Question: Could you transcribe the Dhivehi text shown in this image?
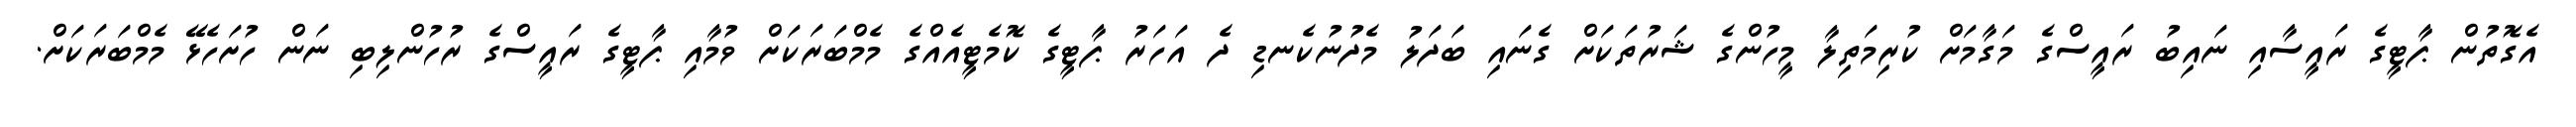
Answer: އެގޮތުން ޕާޓީގެ ރައީސާއި ނައިބު ރައީސްގެ މަގާމަށް ކުރިމަތިލާ މީހުންގެ ޝަރުތަކަށް ގެނައި ބަދަލު މެދުނުކެނޑި ދެ އަހަރު ޕާޓީގެ ކޮމެޓީއެއްގެ މެމްބަރަކަށް ވުމާއި ޕާޓީގެ ރައީސްގެ ރުހުންލިބި ނަން ހުށަހެޅޭ މެމްބަރަކަށް.